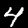
Digit: 4